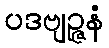
ပဒဗျဉ္ဇနံ